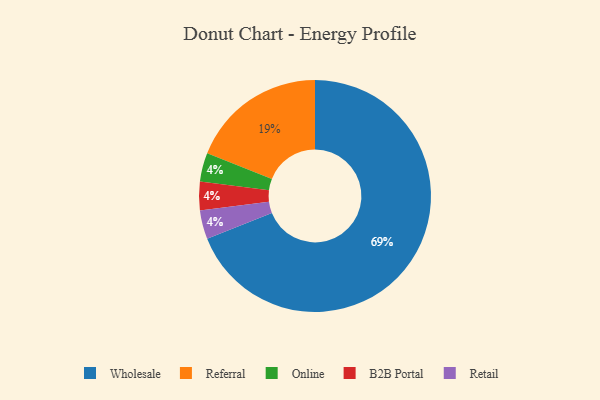
{"axis": {"x": "Category", "y": "Percentage"}, "legend": ["B2B Portal", "Online", "Referral", "Retail", "Wholesale"], "data": [{"x": "Wholesale", "y": 69, "type": "Wholesale"}, {"x": "Online", "y": 4, "type": "Online"}, {"x": "Referral", "y": 19, "type": "Referral"}, {"x": "B2B Portal", "y": 4, "type": "B2B Portal"}, {"x": "Retail", "y": 4, "type": "Retail"}]}